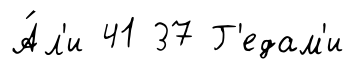
А́л'и 41 37 Г'едам'и